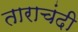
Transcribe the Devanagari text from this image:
ताराचंदी